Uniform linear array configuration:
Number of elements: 8
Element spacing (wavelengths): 0.75
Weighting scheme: hamming
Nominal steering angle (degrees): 15
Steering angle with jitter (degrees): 15.145
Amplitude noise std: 0.05
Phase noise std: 0.05

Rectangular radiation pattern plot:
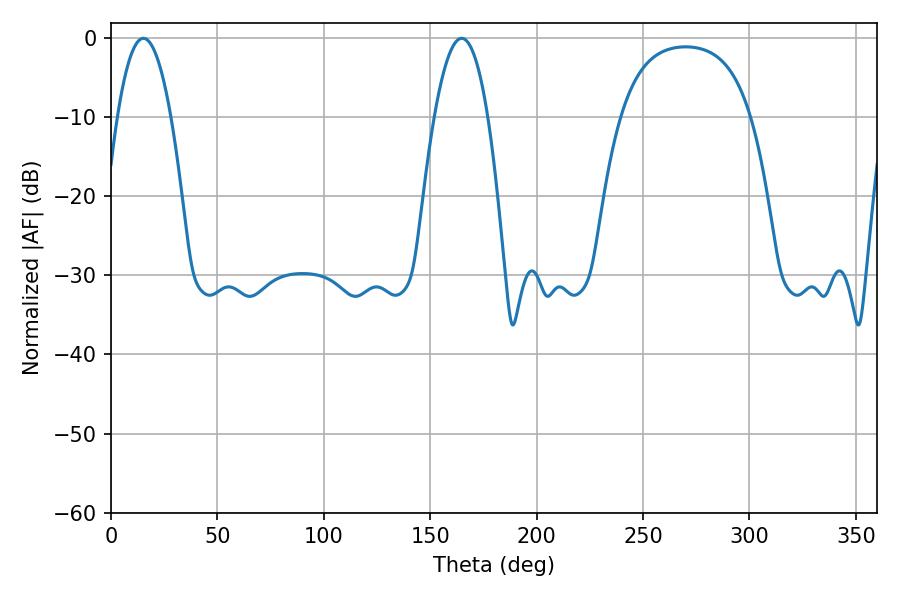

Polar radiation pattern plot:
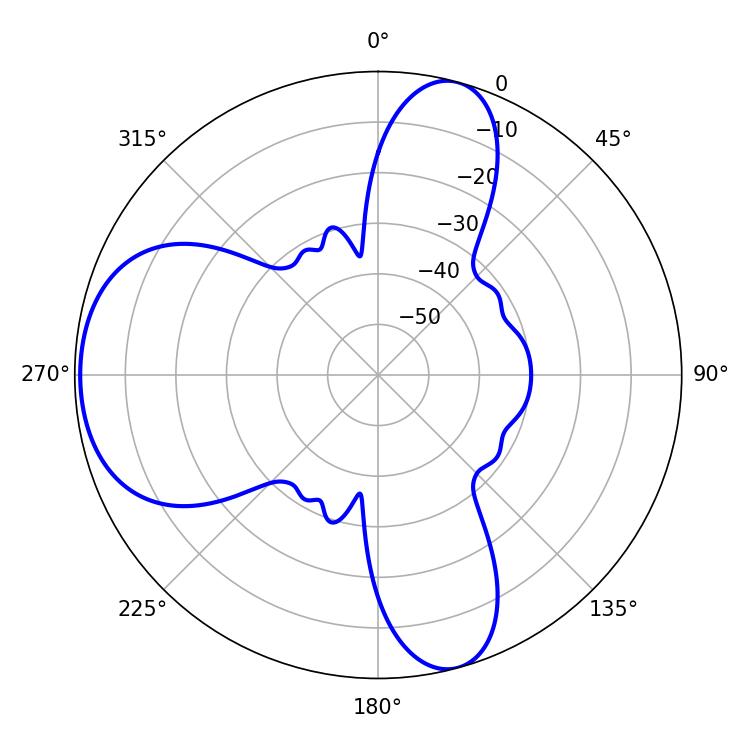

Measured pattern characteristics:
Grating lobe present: TRUE
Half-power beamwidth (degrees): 13.86
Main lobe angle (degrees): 15.3